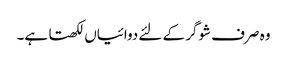
وہ صرف شوگر کے لئے دوائیاں لکھتا ہے۔